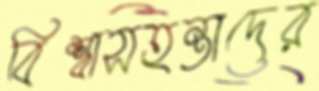
বিশ্বাসহন্তাদের